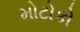
મોટોકો